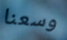
وسعنا